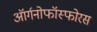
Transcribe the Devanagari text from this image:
ऑर्गनोफॉस्फोरस